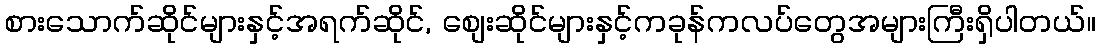
စားသောက်ဆိုင်များနှင့်အရက်ဆိုင်, စျေးဆိုင်များနှင့်ကခုန်ကလပ်တွေအများကြီးရှိပါတယ်။